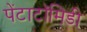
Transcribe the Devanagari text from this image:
पेंटाटॉमिडी